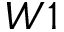
W 1